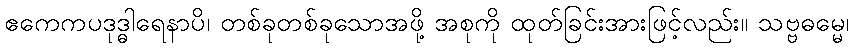
ဧကေကပဒုဒ္ဓါရေနာပိ၊ တစ်ခုတစ်ခုသောအဖို့ အစုကို ထုတ်ခြင်းအားဖြင့်လည်း။ သဗ္ဗဓမ္မေ၊